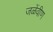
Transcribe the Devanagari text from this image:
जळेंवीण